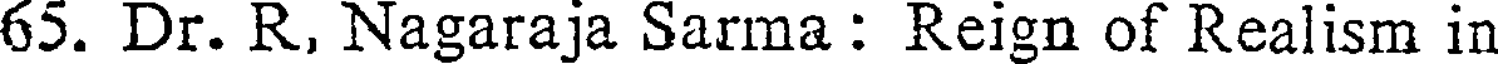
65. Dr. R, Nagaraja Sarma : Reign of Realism in